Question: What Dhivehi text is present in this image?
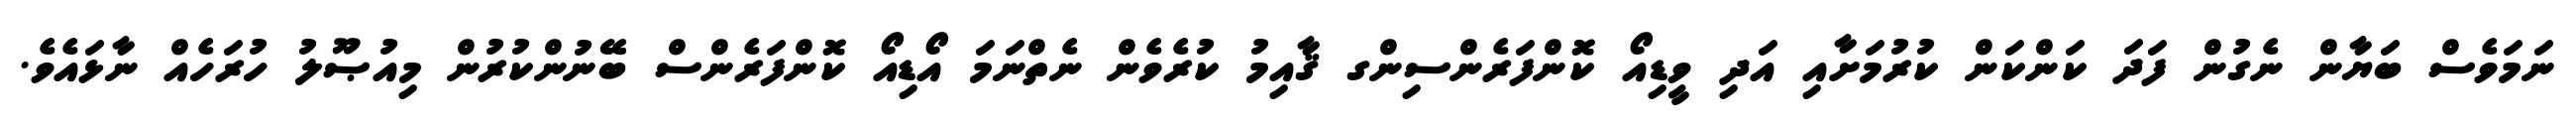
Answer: ނަމަވެސް ބަޔާން ނެގުން ފަދަ ކަންކަން ކުރުމަށާއި އަދި ވީޑިއޯ ކޮންފަރެންސިންގ ޤާއިމު ކުރެވެން ނެތްނަމަ އޯޑިއޯ ކޮންފަރެންސް ބޭނުންކުރުން މިއުޞޫލު ހުރަހެއް ނާޅައެވެ.